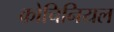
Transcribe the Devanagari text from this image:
कोचिनियल